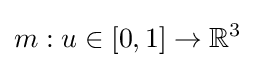
m:u\in [0,1]\rightarrow {\mathbb {R} }^{3}